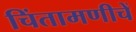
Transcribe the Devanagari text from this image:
चिंतामणीचें